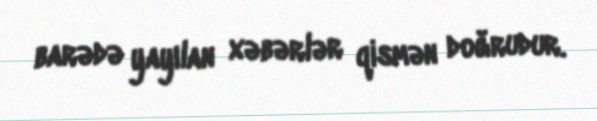
barədə yayılan xəbərlər qismən doğrudur.